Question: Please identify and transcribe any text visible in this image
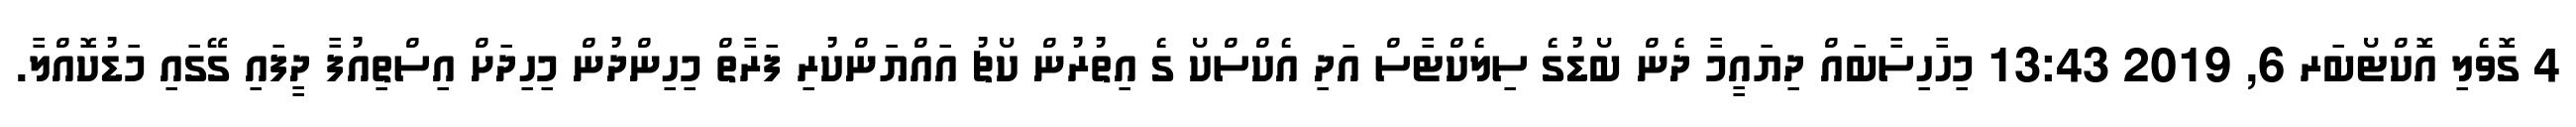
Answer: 4 ގޮވެލި އޮކްޓޯބަރ 6, 2019 13:43 މިހާހިސާބައް ދިޔައީމާ ދެން ބޯޑުގެ ސިލެކްޓާސް އަދި އެކްސްކޯ ގެ އިތުރުން ކޯޗު އައްޔަންކުރި ފަރާތް މިހިންދުން މިހިދަށް އިސްތިއުފާ ދީފައި ގޭގައި މަޑުކޮއްލާ.